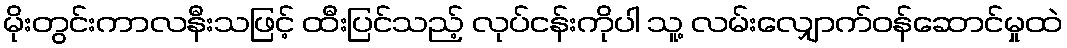
မိုးတွင်းကာလနီးသဖြင့် ထီးပြင်သည့် လုပ်ငန်းကိုပါ သူ့ လမ်းလျှောက်ဝန်ဆောင်မှုထဲ